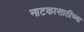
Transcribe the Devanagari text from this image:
नाटकासाठीच्या